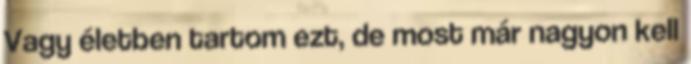
Vagy életben tartom ezt, de most már nagyon kell